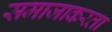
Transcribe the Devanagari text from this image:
समाजाकरता